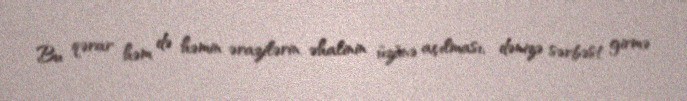
Bu qərar həm də həmin ərazilərin əhalinin üzünə açılması, dənizə sərbəst girmə